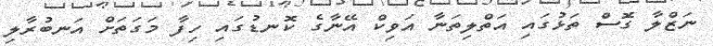
ނަޒްލާ ގޮސް ތަޅުގައި އަތްލިތަނާ އަވިކް އޭނާގެ ކޮނޑުގައި ހިފާ މަގަތަށް އަނބުރާލި